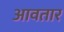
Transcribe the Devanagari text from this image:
आवतार